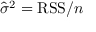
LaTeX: { \hat { \sigma } } ^ { 2 } = \mathrm { R S S } / n